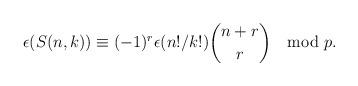
LaTeX: \begin{align*}\epsilon(S(n,k)) \equiv (-1)^r \epsilon(n!/k!) \binom{n+r}{r} \mod p.\end{align*}